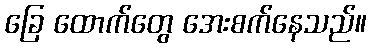
ခြေ ထောက်တွေ အေးစက်နေသည်။